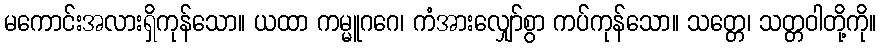
မကောင်းအလားရှိကုန်သော။ ယထာ ကမ္မူဂဂေ၊ ကံအားလျှော်စွာ ကပ်ကုန်သော။ သတ္တေ၊ သတ္တဝါတို့ကို။